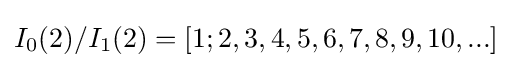
I_{0}(2)/I_{1}(2)=[1;2,3,4,5,6,7,8,9,10,...]